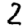
Digit: 2